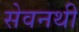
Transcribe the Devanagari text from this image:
सेवनथी